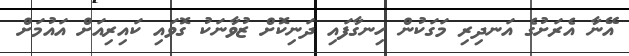
އޭނާ އެރަށުގެ އަނދިރި މަގަކުން ހިނގާފައި ދަނިކޮށް ޒުވާނަކު ގޮވައި ކައިރިއަށް އައުމަށް